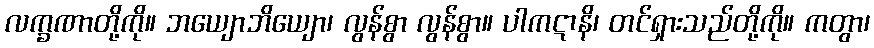
လက္ခဏာတို့ကို။ ဘယျောဘိယျော၊ လွန်စွာ လွန်စွာ။ ပါကဋာနိ၊ တင်ရှားသည်တို့ကို။ ကတွာ၊